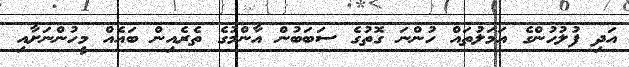
އަދި ފުލުހުންގެ އަމަލުތައް ހުންނަ ގޮތުގެ ސަބަބުން އާންމުގެ ތެރެއިން ބައެއް މީހުންނަށާއި